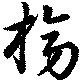
榜